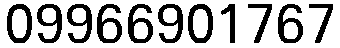
09966901767